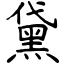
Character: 黛